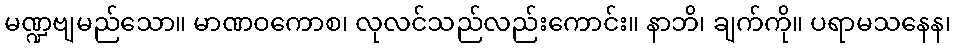
မဏ္ဍဗျမည်သော။ မာဏဝကောစ၊ လုလင်သည်လည်းကောင်း။ နာဘိ၊ ချက်ကို။ ပရာမသနေန၊